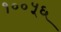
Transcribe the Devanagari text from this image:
१००५६